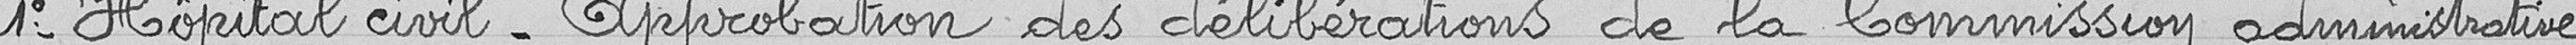
1- Hôpital civil - Approbation des délibérations de la Commission administrative